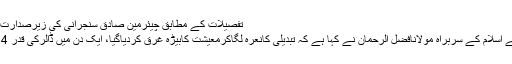
تفصیلات کے مطابق چیئرمین صادق سنجرانی کی زیرصدارت سینٹ کااجلاس ہواتو ...
اسلام آباد: جمعیت علمائے اسلام کے سربراہ مولانافضل الرحمان نے کہا ہے کہ تبدیلی کانعرہ لگاکرمعیشت کابیڑہ غرق کردیاگیا، ایک دن میں ڈالرکی قدر 134روپے تک پہنچ گئی۔